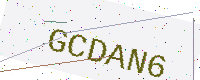
Text: GCDAN6